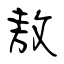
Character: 敖